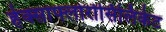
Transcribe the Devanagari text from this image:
हेक्साफ्लोरोसिलिकेट